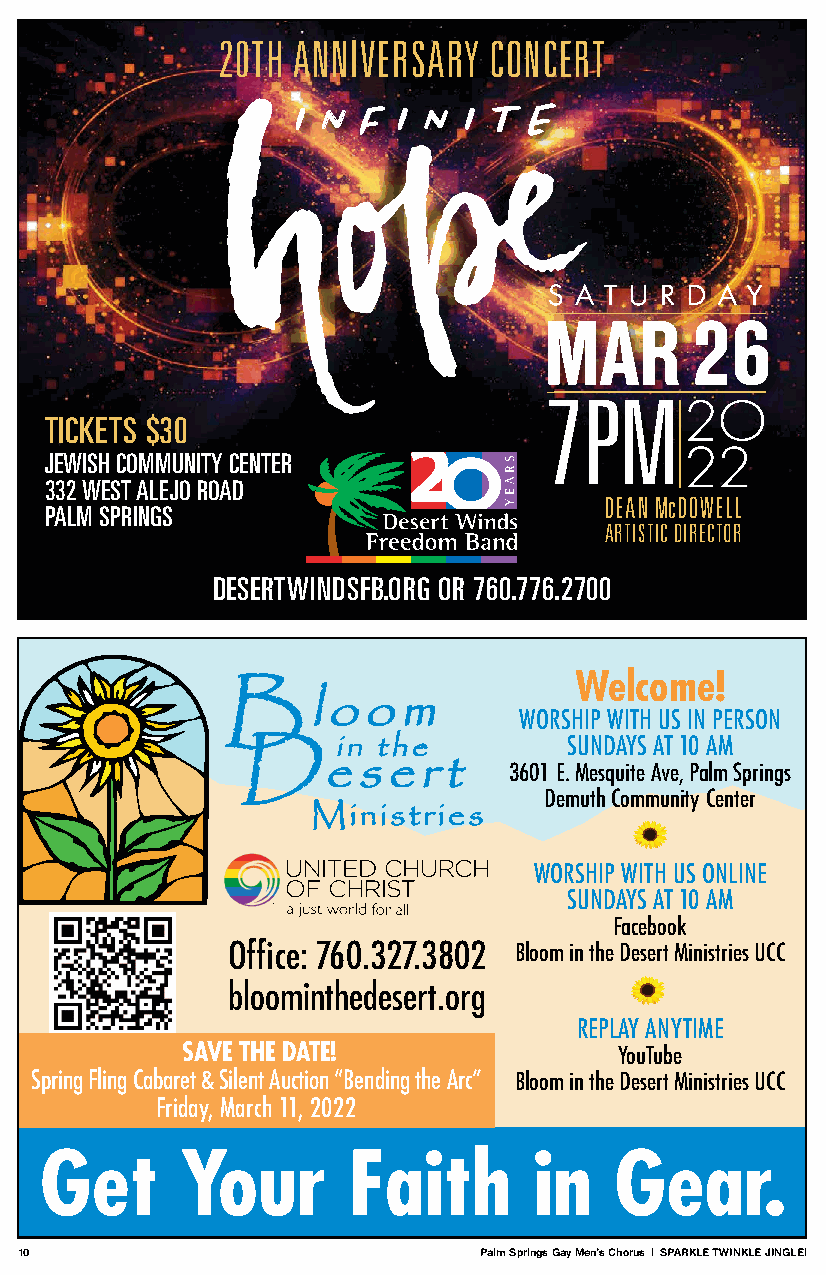
20TH ANNIVERSARY  CONCERT
 II NN FF II NN II TT EE
 TICKETS $30
 JEWISH COMMUNITY CENTER
 332 WEST ALEJO ROAD
 DEAN McDOWELL
 PALM SPRINGS
 ARTISTIC DIRECTOR
 DESERTWINDSFB.ORG OR 760.776.2700
 Welcome!
 WORSHIP WITH US IN PERSON
 SUNDAYS AT 10 AM
 3601 E. Mesquite Ave, Palm Springs
 Demuth Community Center
 WORSHIP WITH US ONLINE
 SUNDAYS AT 10 AM
 Facebook
 Office: 760.327.3802 Bloom in the Desert Ministries UCC
 bloominthedesert.org
 REPLAY ANYTIME
 SAVE THE DATE!
 YouTube
 Spring Fling Cabaret & Silent Auction “Bending the Arc” Bloom in the Desert Ministries UCC
 Friday, March 11, 2022
 Get      Your       Faith       in    Gear.
 10                             Palm Springs Gay Men’s Chorus | SPARKLE TWINKLE JINGLE!